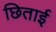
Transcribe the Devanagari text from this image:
छिताई